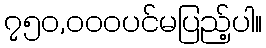
၇၅၀,၀၀၀ပင်မပြည့်ပါ။